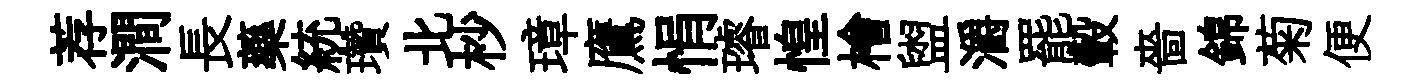
荐澗長藥統瓚北杪璋鷹悁璿惶檜盥灂罷轂嗇錦菊便